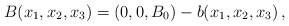
\begin{align*} B(x_1, x_2, x_3)= (0, 0, B_0) - b(x_1, x_2, x_3)\,,\end{align*}